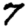
Digit: 7